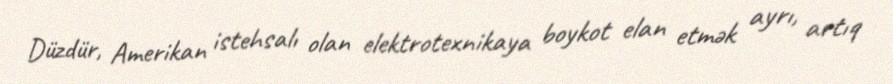
Düzdür, Amerikan istehsalı olan elektrotexnikaya boykot elan etmək ayrı, artıq